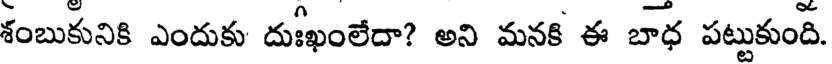
శంబుకునికి ఎందుకు దుఃఖంలేదా? అని మనకి ఈ బాధ పట్టుకుంది.